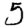
Digit: 5